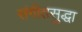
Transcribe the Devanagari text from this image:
संगीतसुद्धा